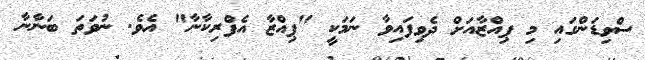
ސްވިޑަންގައި މި ޕިއްޒާއަށް ދެވިފައިވާ ނަމަކީ "ޕިއްޒާ އެފްރިކާނާ" އެވެ. ނުވަތަ ބަނާނާ